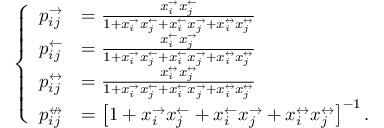
\left\{ \begin{array} { l l } { p _ { i j } ^ { \rightarrow } } & { = \frac { x _ { i } ^ { \rightarrow } x _ { j } ^ { \leftarrow } } { 1 + x _ { i } ^ { \rightarrow } x _ { j } ^ { \leftarrow } + x _ { i } ^ { \leftarrow } x _ { j } ^ { \rightarrow } + x _ { i } ^ { \leftrightarrow } x _ { j } ^ { \leftrightarrow } } } \\ { p _ { i j } ^ { \leftarrow } } & { = \frac { x _ { i } ^ { \leftarrow } x _ { j } ^ { \rightarrow } } { 1 + x _ { i } ^ { \rightarrow } x _ { j } ^ { \leftarrow } + x _ { i } ^ { \leftarrow } x _ { j } ^ { \rightarrow } + x _ { i } ^ { \leftrightarrow } x _ { j } ^ { \leftrightarrow } } } \\ { p _ { i j } ^ { \leftrightarrow } } & { = \frac { x _ { i } ^ { \leftrightarrow } x _ { j } ^ { \leftrightarrow } } { 1 + x _ { i } ^ { \rightarrow } x _ { j } ^ { \leftarrow } + x _ { i } ^ { \leftarrow } x _ { j } ^ { \rightarrow } + x _ { i } ^ { \leftrightarrow } x _ { j } ^ { \leftrightarrow } } } \\ { p _ { i j } ^ { \nleftrightarrow } } & { = \left[ 1 + x _ { i } ^ { \rightarrow } x _ { j } ^ { \leftarrow } + x _ { i } ^ { \leftarrow } x _ { j } ^ { \rightarrow } + x _ { i } ^ { \leftrightarrow } x _ { j } ^ { \leftrightarrow } \right] ^ { - 1 } . } \end{array} \right.